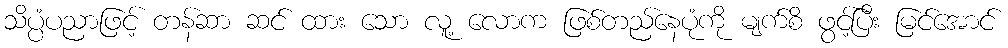
သိပ္ပံပညာဖြင့် တန်ဆာ ဆင် ထား သော လူ့ လောက ဖြစ်တည်နေပုံကို မျက်စိ ဖွင့်ပြီး မြင်အောင်